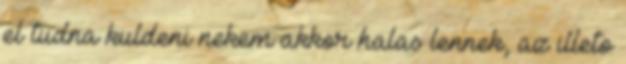
el tudna kuldeni nekem akkor halas lennek, az illeto